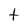
Character: t